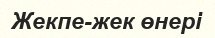
Жекпе-жек өнері